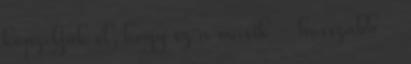
képzeljük el, hogy ez a másik - hosszabb -